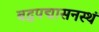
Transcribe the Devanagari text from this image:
बद्धपद्मासनस्थं